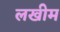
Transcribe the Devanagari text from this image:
लखीम